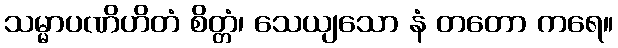
သမ္မာပဏိဟိတံ စိတ္တံ၊ သေယျသော နံ တတော ကရေ။